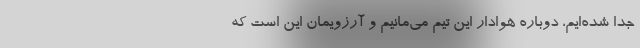
جدا شده‌ایم،‌ دوباره هوادار این تیم می‌مانیم و آرزویمان این است که